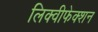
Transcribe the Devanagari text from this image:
लिक्वीफेक्शन